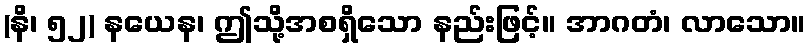
(နိ၊ ၅၂) နယေန၊ ဤသို့အစရှိသော နည်းဖြင့်။ အာဂတံ၊ လာသော။